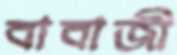
বাবাজী